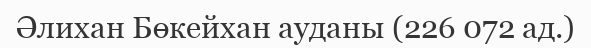
Әлихан Бөкейхан ауданы (226 072 ад.)